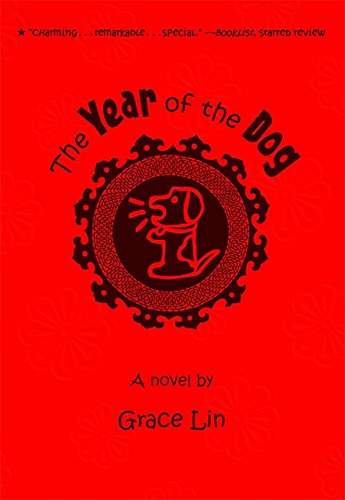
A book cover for The Year of the Dog (A Pacy Lin Novel); Grace Lin; Children's Books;